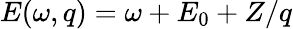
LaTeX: E(\omega,q)=\omega+E_{0}+Z/q